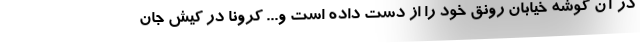
در آن گوشه خیابان رونق خود را از دست داده است و... کرونا در کیش جان